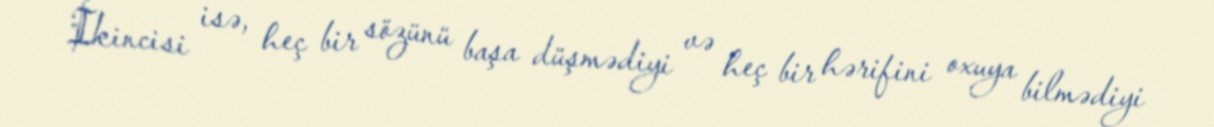
İkincisi isə, heç bir sözünü başa düşmədiyi və heç bir hərifini oxuya bilmədiyi